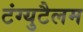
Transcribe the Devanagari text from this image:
टंग्युटैलम